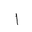
Letter: _alif